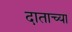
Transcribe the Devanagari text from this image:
दाताच्या